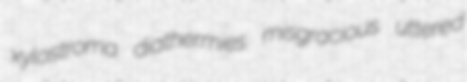
xylostroma diathermies misgracious uttered